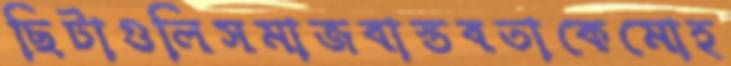
ছিটাগুলিসমাজবাস্তবতাকেমোহ